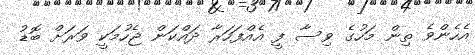
އެހެންވެ ތިން މަހުގެ ވިސާ ފީ އެއްފަހަރާ ދައްކަން ޖެހުމަކީ ވަރަށް ބޮޑު